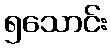
၅သောင်း